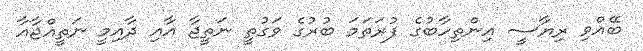
ބޭއްވި ރިޔާސީ އިންތިހާބުގެ ފުރަތަމަ ބުރުގެ ވަގުތީ ނަތީޖާ އާއި ދާއިމީ ނަތީއްޖާއާ